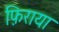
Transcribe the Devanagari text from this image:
फ़िराया